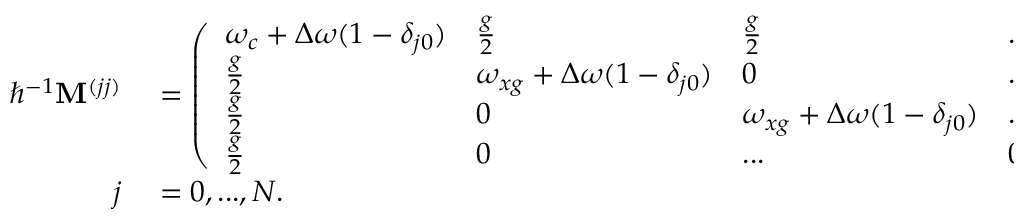
\begin{array} { r l } { \hbar ^ { - 1 } \mathbf { M } ^ { ( j j ) } } & { { } = \left( \begin{array} { l l l l l } { \omega _ { c } + \Delta \omega ( 1 - \delta _ { j 0 } ) } & { \frac { g } { 2 } } & { \frac { g } { 2 } } & { . . . } & { \frac { g } { 2 } } \\ { \frac { g } { 2 } } & { \omega _ { x g } + \Delta \omega ( 1 - \delta _ { j 0 } ) } & { 0 } & { . . . } & { 0 } \\ { \frac { g } { 2 } } & { 0 } & { \omega _ { x g } + \Delta \omega ( 1 - \delta _ { j 0 } ) } & { . . . } & { 0 } \\ { \frac { g } { 2 } } & { 0 } & { . . . } & { 0 } & { \omega _ { x g } + \Delta \omega ( 1 - \delta _ { j 0 } ) } \end{array} \right) } \\ { j } & { { } = 0 , . . . , N . } \end{array}